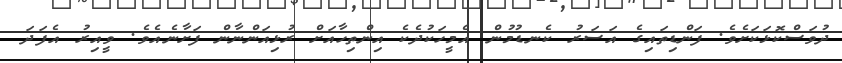
ދުވަސްކޮޅަކަށެވެ. ފަންޑިތައިގެ އަސަރު ކެނޑުމުން އެމީހަކުދެކެ އިންތިހާއަށް ރުޅިއަންނާން ފަށާނެއެވެ. ވީއިރު އެފަދަ